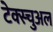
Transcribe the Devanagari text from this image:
टेक्स्चुअल